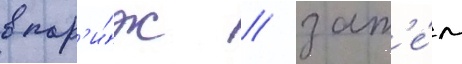
в пар'и́ж / зат'е́м